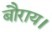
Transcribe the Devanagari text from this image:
बौराय।